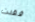
فقدت